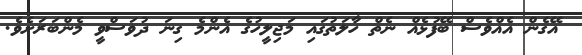
އޭގެން އެއްވެސް ބޭފުޅެއް ނެތް ހާލަތުގައި މަޖިލީހުގެ އެންމެ ގިނަ ދުވަސްވީ މެންބަރަށެވެ.